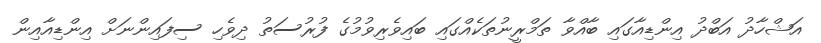
އަޝްހާދު އަބްދު އިންޑިއާގައި ބާއްވާ ތަމްރީނުތަކެއްގައި ބައިވެރިވުމުގެ ފުރުސަތު ދިވެހި ސިފައިންނަށް އިންޑިއާއިން